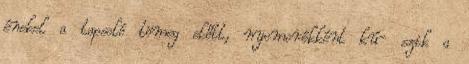
énekel a tapsoló tömeg előtt, nyomorékként kú- szik a